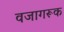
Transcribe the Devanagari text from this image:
वजागरूक